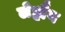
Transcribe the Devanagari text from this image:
लेह्मैन